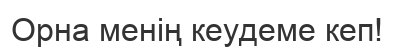
Орна менің кеудеме кеп!